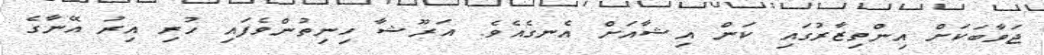
ޖަވާބަކަށް އިންތިޒާރުގައި ކަން އިޝާއަށް އެނގެއެވެ. އަރޫޝާ ހިނިތުންވެފައި ހުރި އިރު އޭނާގެ